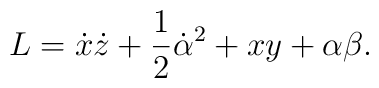
L=\dot{x}\dot{z}+\frac{1}{2}\dot{\alpha}^2+xy+\alpha\beta.